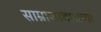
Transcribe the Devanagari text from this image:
साम्राज्यवादाच्या